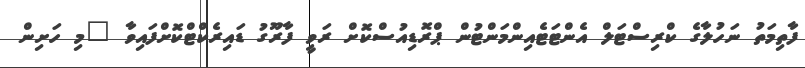
ފާތިމަތު ނަހުލާގެ ކްރިސްޓަލް އެންޓަޓެއިންމަންޓުން ޕްރޮޑިއުސްކޮށް ރަވީ ފާރޫގު ޑައިރެކްޓްކޮށްފައިވާ "މި ހަށިން